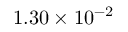
1 . 3 0 \times 1 0 ^ { - 2 }